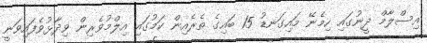
އިސްލާމް ދީނުގައި ހިމެނޭ މައިގަނޑު 15 ބައިގެ ތެރެއިން ކަމުގައި އިލްމުވެރިން ވިދާޅުވެފައިވަނީ